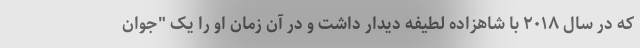
که در سال ۲۰۱۸ با شاهزاده لطیفه دیدار داشت و در آن زمان او را یک "جوان